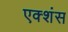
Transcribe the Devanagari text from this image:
एक्शंस